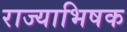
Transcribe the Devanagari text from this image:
राज्याभिषक